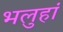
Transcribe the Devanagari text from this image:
भलुहां